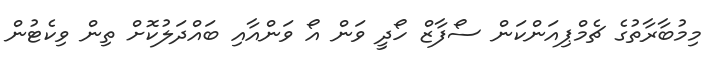
މިމުބާރާތުގެ ޗެމްޕިއަންކަން ސޯފާޒް ހޯދީ ވަން އޯ ވަންއާއި ބައްދަލުކޮށް ތިން ވިކެޓުން